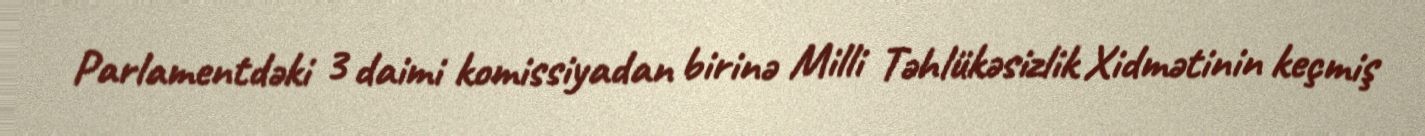
Parlamentdəki 3 daimi komissiyadan birinə Milli Təhlükəsizlik Xidmətinin keçmiş